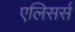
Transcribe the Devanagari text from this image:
एलिसर्स